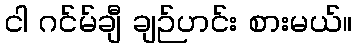
ငါ ဂင်မ်ချီ ချဉ်ဟင်း စားမယ်။